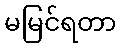
မမြင်ရတာ